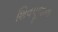
શિવપૂજાના